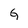
Character: G